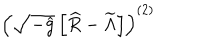
LaTeX: \left( \sqrt { - { \widehat g } } \left[ { \widehat R } - { \widetilde \Lambda } \right] \right) ^ { ( 2 ) }